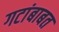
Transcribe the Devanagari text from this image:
गटांबाबत